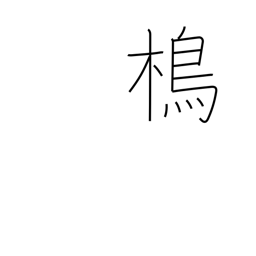
Meaning: type of bird